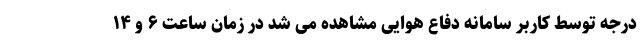
درجه توسط کاربر سامانه دفاع هوایی مشاهده می شد در زمان ساعت ۶ و ۱۴